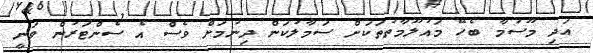
އަދި މޫސުމާ ބެހޭ މައުލޫމާތުތަކަށް ސަމާލުކަން ދިނުމަށް ވެސް އެ ސެންޓަރުން ވަނީ